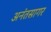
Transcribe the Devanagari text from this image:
अनंतसागर